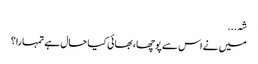
شہ...
میں نے اس سے پوچھا، بھائی کیا حال ہے تمہارا؟